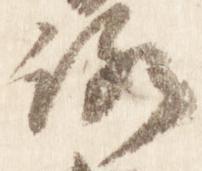
路